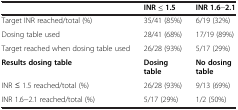
<table><thead><tr><td><b> </b></td><td><b>INR ≤ 1.5</b></td><td><b>INR 1.6-2.1</b></td></tr></thead><tbody><tr><td>Target INR reached/total (%)</td><td>35/41 (85%)</td><td>6/19 (32%)</td></tr><tr><td>Dosing table used</td><td>28/41 (68%)</td><td>17/19 (89%)</td></tr><tr><td>Target reached when dosing table used</td><td>26/28 (93%)</td><td>5/17 (29%)</td></tr><tr><td><b>Results dosing table</b></td><td><b>Dosing table</b></td><td><b>No dosing table</b></td></tr><tr><td>INR ≤ 1.5 reached/total (%)</td><td>26/28 (93%)</td><td>9/13 (69%)</td></tr><tr><td>INR 1.6-2.1 reached/total (%)</td><td>5/17 (29%)</td><td>1/2 (50%)</td></tr></tbody></table>